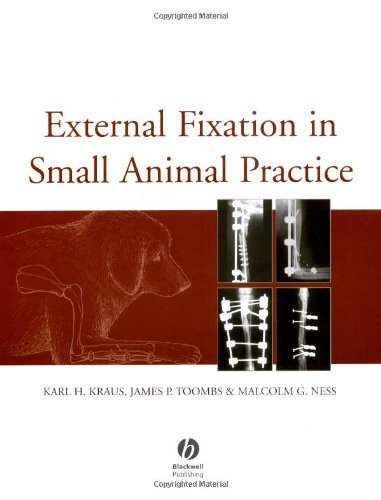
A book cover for External Fixation in Small Animal Practice; Karl H. Kraus; Medical Books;